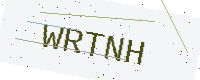
Text: WRTNH